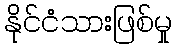
နိုင်ငံသားဖြစ်မှု